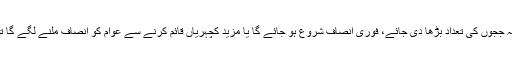
اب اگر کوئی یہ کہتا ہے کہ ججوں کی تعداد بڑھا دی جائے، فوری انصاف شروع ہو جائے گا یا مزید کچہریاں قائم کرنے سے عوام کو انصاف ملنے لگے گا تو یہ اس کی خام خیالی ہے۔